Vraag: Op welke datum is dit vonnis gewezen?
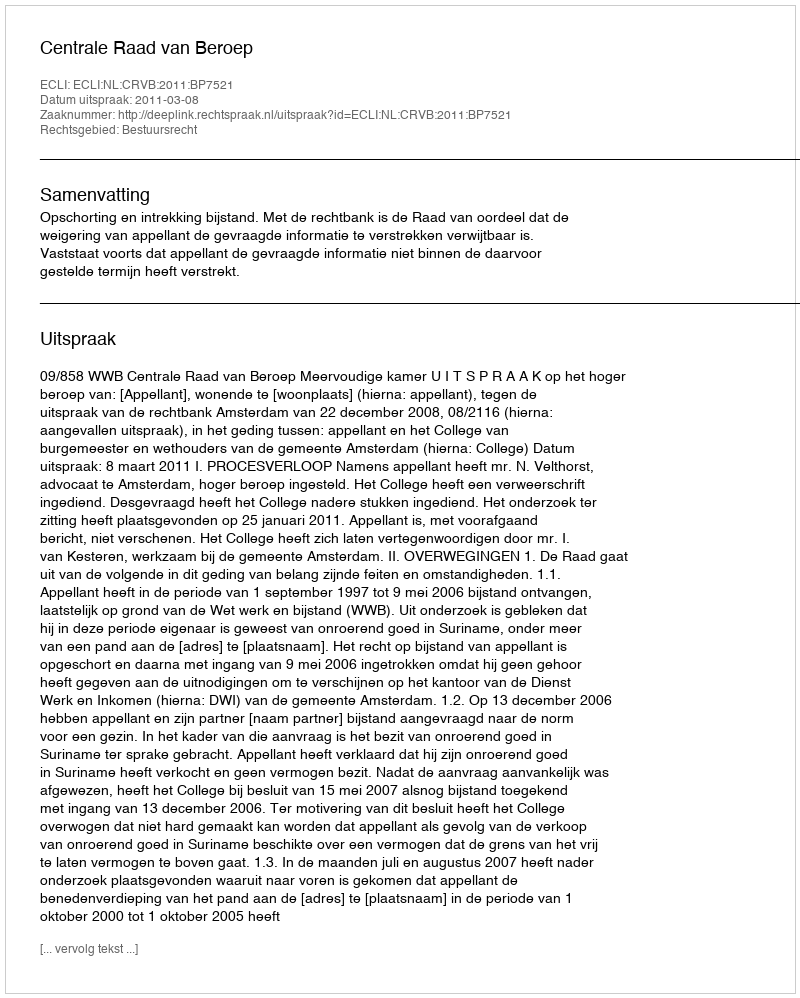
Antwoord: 2011-03-08